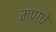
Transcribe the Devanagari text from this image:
मणचे